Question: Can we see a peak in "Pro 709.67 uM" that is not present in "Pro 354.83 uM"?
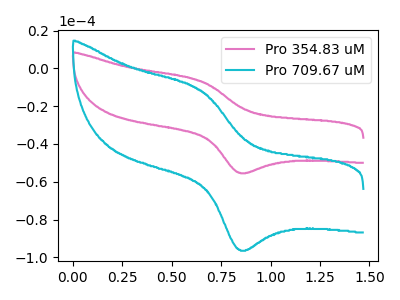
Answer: <think>The pink curve "Pro 354.83 uM" has an anodic peak at (0.65V, -6.65uA) and a cathodic peak at (0.85V, -55.25uA). The cyan curve "Pro 709.67 uM" has an anodic peak at (0.65V, -11.60uA) and a cathodic peak at (0.85V, -96.10uA).
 All the peaks in "Pro 709.67 uM" have a peak in "Pro 354.83 uM" at the same potential.</think>
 <answer>No, "Pro 709.67 uM" and "Pro 354.83 uM" don't appear to be significantly different in shape</answer>
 <eval>no_change</eval>